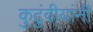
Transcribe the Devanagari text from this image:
कुटुंवीयांनी